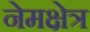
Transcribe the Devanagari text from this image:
नेमक्षेत्र